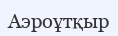
Аэроұтқыр